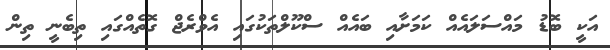
އަކީ ބޮޑު މައްސަލައެއް ކަމަށާއި ބައެއް ސްކޫލްތަކުގައި އެވްރެޖް ގޮތެއްގައި ތިބެނީ ތިން